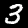
Label: 3